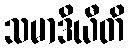
သမာဒိယီတိ